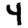
Digit: 4